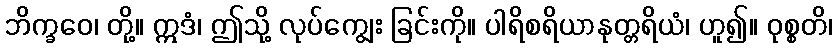
ဘိက္ခဝေ၊ တို့။ ဣဒံ၊ ဤသို့ လုပ်ကျွေး ခြင်းကို။ ပါရိစရိယာနုတ္တရိယံ၊ ဟူ၍။ ဝုစ္စတိ၊